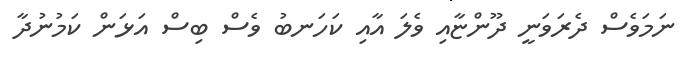
ނަމަވެސް ދެރަވަނީ ދޫންޏާއި ވެލަ އާއި ކަހަނބު ވެސް ބިސް އަޅަން ކަމުނުދާ